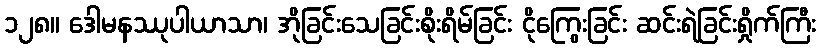
၁၂၈။ ဒေါမနဿုပါယာသာ၊ အိုခြင်းသေခြင်းစိုးရိမ်ခြင်း ငိုကြွေးခြင်း ဆင်းရဲခြင်းရှိုက်ကြီး